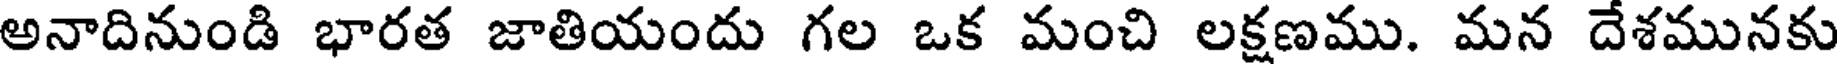
అనాదినుండి భారత జాతియందు గల ఒక మంచి లక్షణము. మన దేశమునకు